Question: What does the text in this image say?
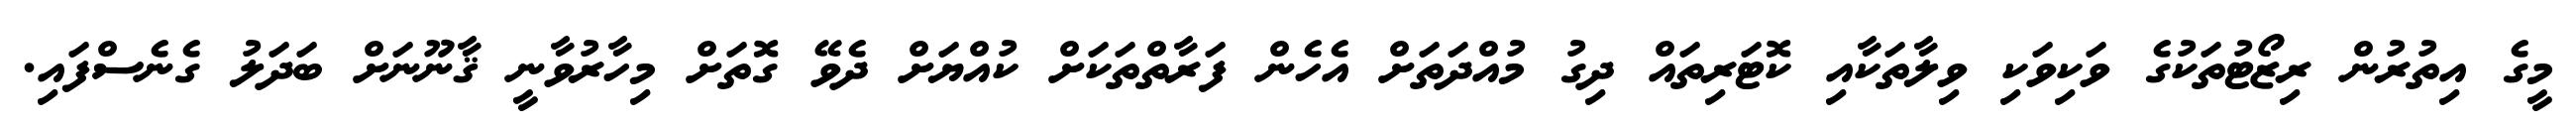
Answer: މީގެ އިތުރުން ރިޒޯޓުތަކުގެ ވަކިވަކި ވިލާތަކާއި ކޮޓަރިތައް ދިގު މުއްދަތަށް އެހެން ފަރާތްތަކަށް ކުއްޔަށް ދެވޭ ގޮތަށް މިހާރުވާނީ ޤާނޫނަށް ބަދަލު ގެނެސްފައި.